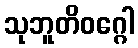
သုဘူတိဝဂ္ဂေါ